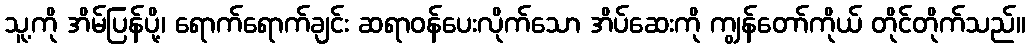
သူ့ကို အိမ်ပြန်ပို့၊ ရောက်ရောက်ချင်း ဆရာဝန်ပေးလိုက်သော အိပ်ဆေးကို ကျွန်တော်ကိုယ် တိုင်တိုက်သည်။